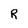
Character: R